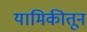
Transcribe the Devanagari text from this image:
यामिकीतून